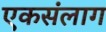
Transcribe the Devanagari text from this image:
एकसंलाग